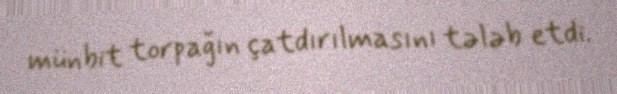
münbit torpağın çatdırılmasını tələb etdi.